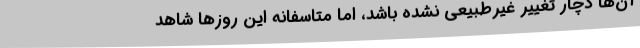
آن‌ها دچار تغییر غیرطبیعی نشده باشد، اما متاسفانه این روز‌ها شاهد